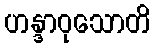
ဟန္ဒာဝုသောတိ